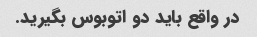
در واقع باید دو اتوبوس بگیرید.